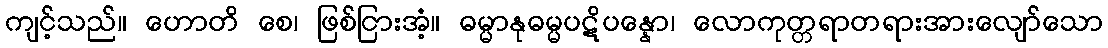
ကျင့်သည်။ ဟောတိ စေ၊ ဖြစ်ငြားအံ့။ ဓမ္မာနုဓမ္မပဋိပန္နော၊ လောကုတ္တရာတရားအားလျော်သော